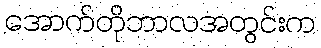
အောက်တိုဘာလအတွင်းက